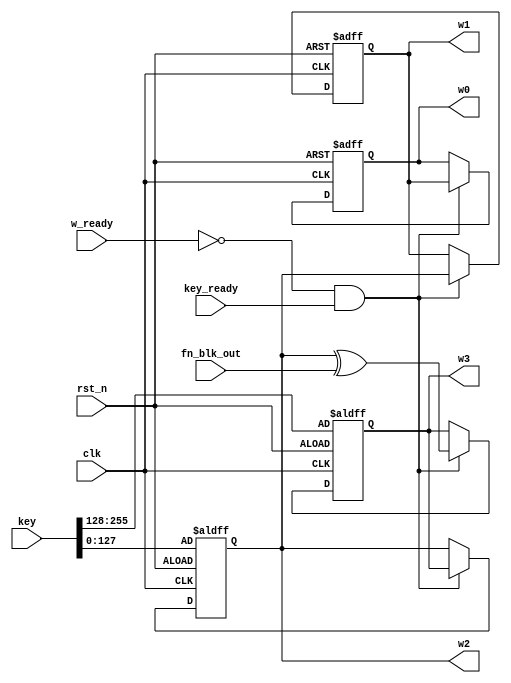
//-----------------------------------------------------------------------------
// Title         : aria_key_extension
// Project       : ARIA 1.1
//-----------------------------------------------------------------------------
//-----------------------------------------------------------------------------
// Description :
// aria_key_extension 
//-----------------------------------------------------------------------------
// Copyright (c) 2018 by ISLAB This model is the confidential and
// proprietary property of ISLAB and the possession or use of this
// file requires a written license from ISLAB.
//------------------------------------------------------------------------------
// Modification history :
// 09.11.2018 : created
//-----------------------------------------------------------------------------
module aria_key_extension (/*AUTOARG*/
   // Outputs
   w0, w1, w2, w3,
   // Inputs
   clk, rst_n, key, key_ready, w_ready, fn_blk_out
   ) ;
   input clk;
   input rst_n;

   input [255:0] key;
   input         key_ready;
   input         w_ready;
   input [127:0] fn_blk_out;
 
   output [127:0] w0,w1,w2,w3;

   reg [127:0]    w0,w1,w2,w3;

   
   always @ (posedge clk or negedge rst_n) begin
      if(!rst_n)
        w0 <=128'd0;
      else if(!w_ready & key_ready)
        w0 <= w1;
   end

   always @ (posedge clk or negedge rst_n) begin
      if(!rst_n)
        w1 <=128'd0;
      else if(!w_ready & key_ready)
        w1 <= w2;
   end
   always @ (posedge clk or negedge rst_n) begin
      if(!rst_n)
        w2 <=key[127:0];
      else if(!w_ready & key_ready)
        w2 <= w3;
   end
   always @ (posedge clk or negedge rst_n) begin
      if(!rst_n)
        w3 <=key[255:128];
      else if(!w_ready & key_ready)
        w3 <= w2^fn_blk_out;
   end
 endmodule // aria_key_extension